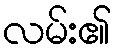
လမ်း၏